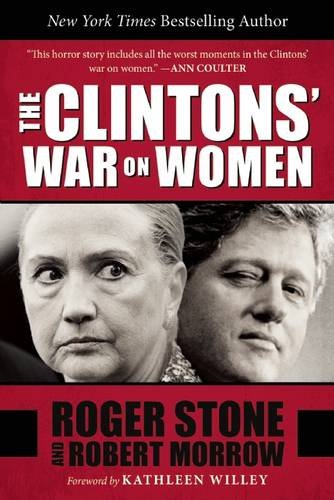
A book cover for The Clintons' War on Women; Roger Stone; Biographies & Memoirs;